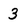
Character: 3